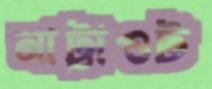
নাট্টাওট